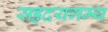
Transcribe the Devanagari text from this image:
सहृदयगम्य